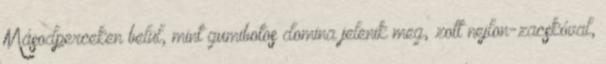
Másodperceken belül, mint gumibotos domina jelenik meg, zott nejlon-zacskóval,